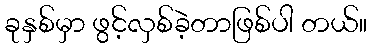
ခုနှစ်မှာ ဖွင့်လှစ်ခဲ့တာဖြစ်ပါ တယ်။